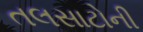
તલસાટોની